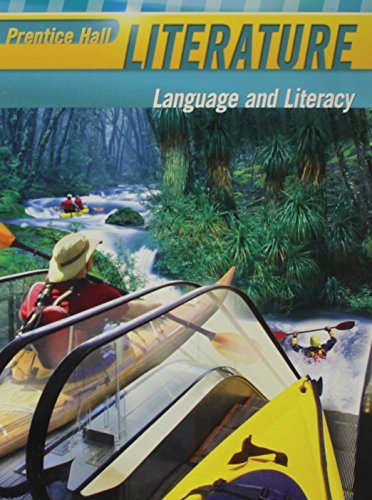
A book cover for Prentice Hall Literature: Language and Literacy (Grade Nine); Teen & Young Adult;